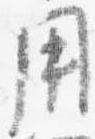
用